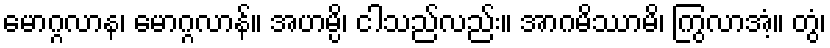
မောဂ္ဂလာန၊ မောဂ္ဂလာန်။ အဟမ္ပိ၊ ငါသည်လည်း။ အာဂမိဿာမိ၊ ကြွလာအံ့။ တွံ၊